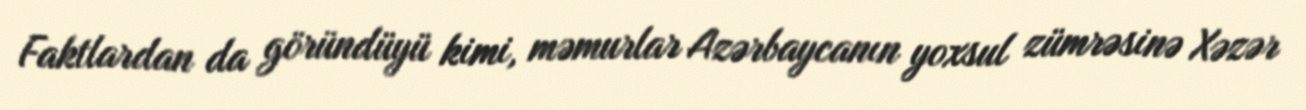
Faktlardan da göründüyü kimi, məmurlar Azərbaycanın yoxsul zümrəsinə Xəzər